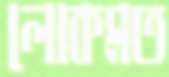
লোকমত